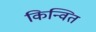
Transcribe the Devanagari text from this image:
किन्वित